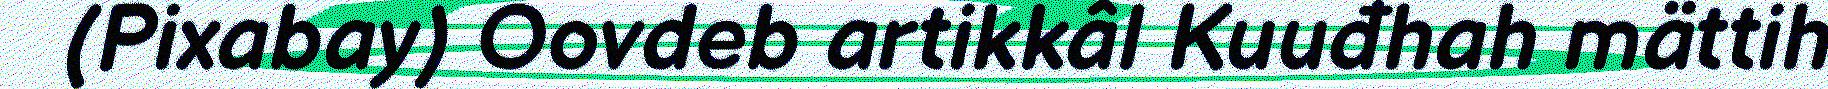
(Pixabay) Oovdeb artikkâl Kuuđhah mättih